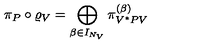
\pi _ { P } \circ \varrho _ { V } = \bigoplus _ { \beta \in I _ { N _ { V } } } \pi _ { V ^ { * } P V } ^ { ( \beta ) }